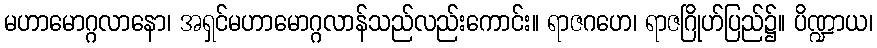
မဟာမောဂ္ဂလာနော၊ အရှင်မဟာမောဂ္ဂလာန်သည်လည်းကောင်း။ ရာဇဂဟေ၊ ရာဇဂြိုဟ်ပြည်၌။ ပိဏ္ဍာယ၊